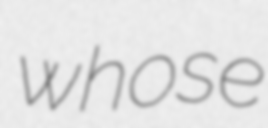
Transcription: whose